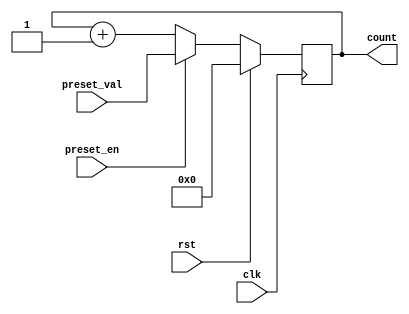
module presettable_counter (
    input wire clk,              // Clock input
    input wire rst,              // Reset input (active-high)
    input wire preset_en,        // Preset enable input
    input wire [7:0] preset_val, // Preset value input (8-bit)
    output reg [7:0] count       // Current count output (8-bit)
);

    // Always block triggered on the rising edge of the clock
    always @(posedge clk) begin
        if (rst) begin
            // Reset the counter to zero
            count <= 8'b0;
        end else if (preset_en) begin
            // Load the preset value into the counter
            count <= preset_val;
        end else begin
            // Normal counting mode: increment the counter
            count <= count + 1;
        end
    end

endmodule